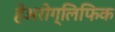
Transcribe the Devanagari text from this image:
हेअरोग्लिफिक